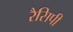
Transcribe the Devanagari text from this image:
रैसिपी